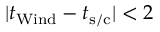
| t _ { \mathrm { W i n d } } - t _ { \mathrm { s / c } } | < 2